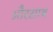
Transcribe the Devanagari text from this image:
औरसाथ